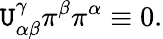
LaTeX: \mathtt{U}_{\alpha\beta}^{\gamma}\pi^{\beta}\pi^{\alpha}\equiv0.